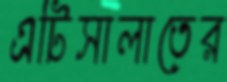
এটিসালাতের